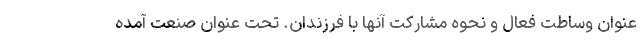
عنوان وساطت فعال و نحوه مشارکت آنها با فرزندان. تحت عنوان صنعت آمده